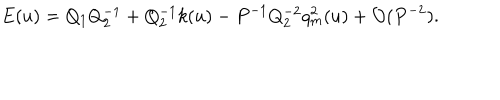
E ( u ) = Q _ { 1 } Q _ { 2 } ^ { - 1 } + Q _ { 2 } ^ { - 1 } k ( u ) - P ^ { - 1 } Q _ { 2 } ^ { - 2 } q _ { m } ^ { 2 } ( u ) + { \cal O } ( P ^ { - 2 } ) .